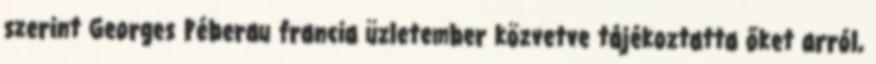
szerint Georges Péberau francia üzletember közvetve tájékoztatta őket arról,